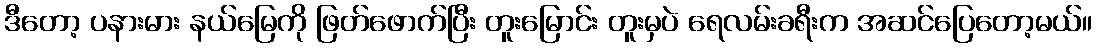
ဒီတော့ ပနားမား နယ်မြေကို ဖြတ်ဖောက်ပြီး တူးမြောင်း တူးမှပဲ ရေလမ်းခရီးက အဆင်ပြေတော့မယ်။